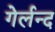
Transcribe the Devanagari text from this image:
गेर्लन्द